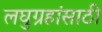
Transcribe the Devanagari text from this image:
लघुग्रहांसाठी